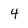
Character: 4